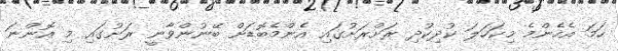
ހަމަ އެހެންމެ މިކަހަލަ ކުދިކުދި ރަށްރަށުގައި އެންމެބޮޑަށް ބޭނުންވާނީ ރަށުގައި މި އޮންނަ